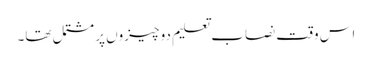
اس وقت نصاب تعلیم دو چیزوں پر مشتمل تھا۔